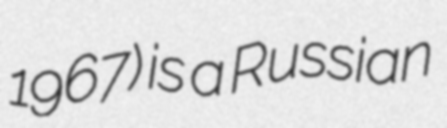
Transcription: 1967) is a Russian